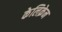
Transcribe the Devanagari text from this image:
केलिक्रेन